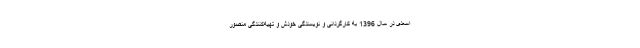
اسعدی در سال 1396 به کارگردانی و نویسندگی خودش و تهیه‌کنندگی منصور